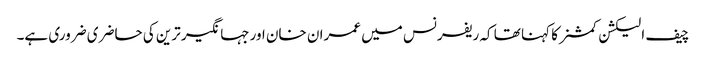
چیف الیکشن کمشنر کا کہنا تھا کہ ریفرنس میں عمران خان اورجہانگیر ترین کی حاضری ضروری ہے۔